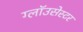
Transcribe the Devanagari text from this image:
ग्लॉउसेस्टर